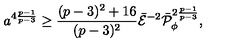
a ^ { 4 { \frac { p - 1 } { p - 3 } } } \geq { \frac { ( p - 3 ) ^ { 2 } + 1 6 } { ( p - 3 ) ^ { 2 } } } \bar { \cal E } ^ { - 2 } \bar { \cal P } _ { \phi } ^ { 2 { \frac { p - 1 } { p - 3 } } } ,